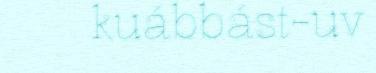
kuábbást-uv